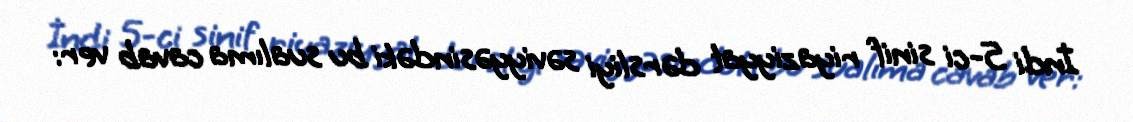
İndi 5-ci sinif riyaziyyat dərsliyi səviyyəsindəki bu sualıma cavab ver: